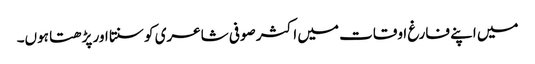
میں اپنے فارغ اوقات میں اکثر صوفی شاعری کو سنتا اور پڑھتا ہوں۔